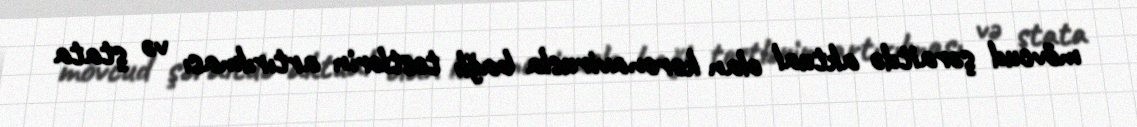
mövcud şəraitdə aktual olan koronavirusla bağlı testlərin artırılması və ştata